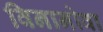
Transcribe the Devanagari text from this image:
विनानोवा